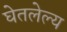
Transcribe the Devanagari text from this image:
घेतलेल्य